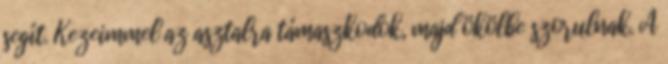
segít. Kezeimmel az asztalra támaszkodok, majd ökölbe szorulnak. A